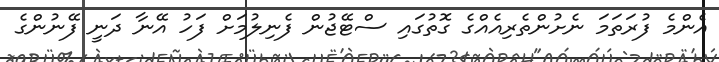
އެންމެ ފުރަތަމަ ނެށުންތެރިއެއްގެ ގޮތުގައި ސްޓޭޖުން ފެނިލުމަށް ފަހު އޭނާ ދަނީ ފޭނުންގެ